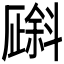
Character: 𪯯